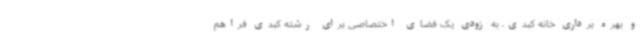
و بهره برداری خانه کبدی، به زودی یک فضای اختصاصی برای رشته کبدی فراهم